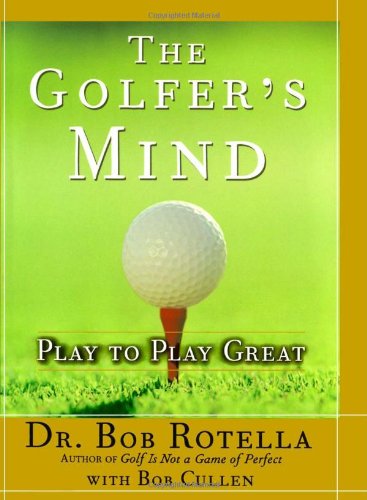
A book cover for Golfer's Mind; Dr. Bob Rotella; Sports & Outdoors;